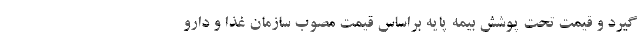
گیرد و قیمت تحت پوشش بیمه پایه براساس قیمت مصوب سازمان غذا و دارو